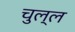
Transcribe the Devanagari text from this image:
चुल्ल